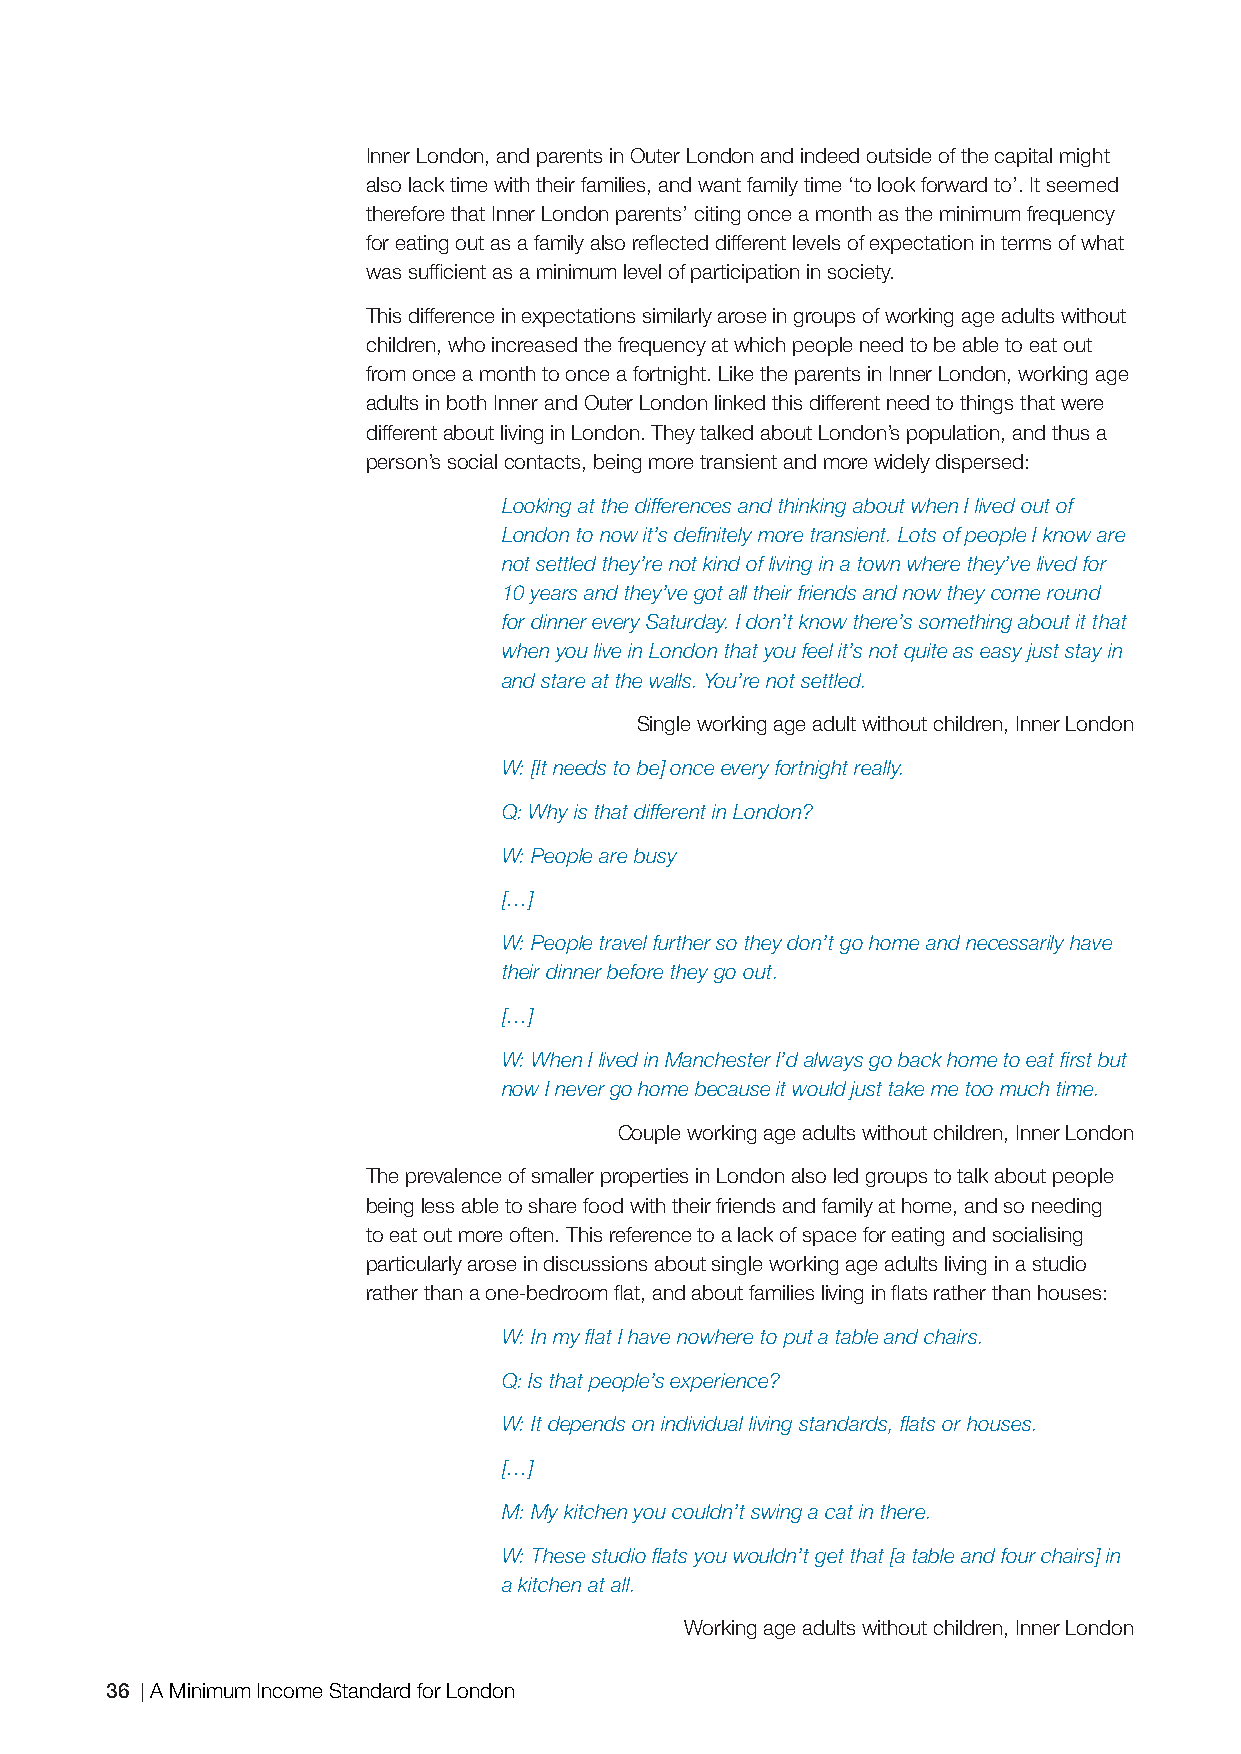
Inner London, and parents in Outer London and indeed outside of the capital might
 also lack time with their families, and want family time ‘to look forward to’. It seemed
 therefore that Inner London parents’ citing once a month as the minimum frequency
 for eating out as a family also refl ected different levels of expectation in terms of what
 was suffi cient as a minimum level of participation in society.
 This difference in expectations similarly arose in groups of working age adults without
 children, who increased the frequency at which people need to be able to eat out
 from once a month to once a fortnight. Like the parents in Inner London, working age
 adults in both Inner and Outer London linked this different need to things that were
 different about living in London. They talked about London’s population, and thus a
 person’s social contacts, being more transient and more widely dispersed:
 Looking at the differences and thinking about when I lived out of
 London to now it’s defi nitely more transient. Lots of people I know are
 not settled they’re not kind of living in a town where they’ve lived for
 10 years and they’ve got all their friends and now they come round
 for dinner every Saturday. I don’t know there’s something about it that
 when you live in London that you feel it’s not quite as easy just stay in
 and stare at the walls. You’re not settled.
 Single working age adult without children, Inner London
 W: [It needs to be] once every fortnight really.
 Q: Why is that different in London?
 W: People are busy
 […]
 W: People travel further so they don’t go home and necessarily have
 their dinner before they go out.
 […]
 W: When I lived in Manchester I’d always go back home to eat fi rst but
 now I never go home because it would just take me too much time.
 Couple working age adults without children, Inner London
 The prevalence of smaller properties in London also led groups to talk about people
 being less able to share food with their friends and family at home, and so needing
 to eat out more often. This reference to a lack of space for eating and socialising
 particularly arose in discussions about single working age adults living in a studio
 rather than a one-bedroom fl at, and about families living in fl ats rather than houses:
 W: In my fl at I have nowhere to put a table and chairs.
 Q: Is that people’s experience?
 W: It depends on individual living standards, fl ats or houses.
 […]
 M: My kitchen you couldn’t swing a cat in there.
 W: These studio fl ats you wouldn’t get that [a table and four chairs] in
 a kitchen at all.
 Working age adults without children, Inner London
 36 A Minimum Income Standard for London